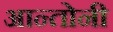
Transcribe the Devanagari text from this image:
आन्तोनी